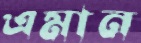
এমান